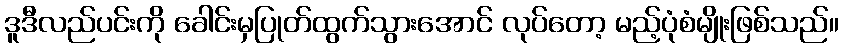
ဒူဒီလည်ပင်းကို ခေါင်းမှပြုတ်ထွက်သွားအောင် လုပ်တော့ မည့်ပုံစံမျိုးဖြစ်သည်။